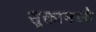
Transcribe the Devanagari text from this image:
सूक्तामध्ये